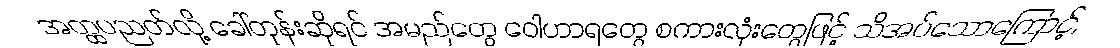
အတ္ထပညတ်လို့ ခေါ်တုန်းဆိုရင် အမည်တွေ ဝေါဟာရတွေ စကားလုံးတွေဖြင့် သိအပ်သောကြောင့်,